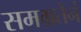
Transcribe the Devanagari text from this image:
समग्रतेनं